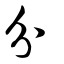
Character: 分